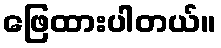
ဖြေထားပါတယ်။